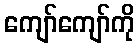
ကျော်ကျော်ကို